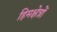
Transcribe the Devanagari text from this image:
हिमक्षेत्रों